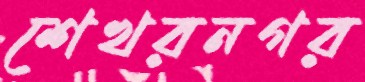
শেখরনগর